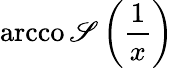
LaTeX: \operatorname{arcco\mathscr{S}}\left({\frac{{1}}{{x}}}\right)